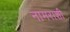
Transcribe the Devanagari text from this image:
नामराशी